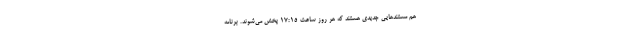
هم مستندهایی جدیدی هستند که هر روز ساعت 17:15 پخش می‌شوند. برنامه